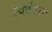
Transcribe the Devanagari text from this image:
स्वर्णत्रस्त